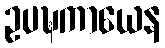
ဥပဍ္ဎကာယေန